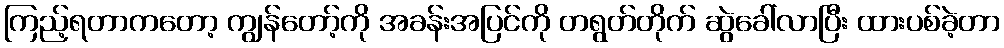
ကြည့်ရတာကတော့ ကျွန်တော့်ကို အခန်းအပြင်ကို တရွတ်တိုက် ဆွဲခေါ်လာပြီး ထားပစ်ခဲ့တာ